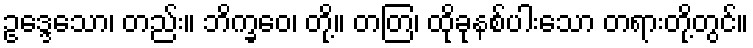
ဥဒ္ဒေသော၊ တည်း။ ဘိက္ခဝေ၊ တို့။ တတြ၊ ထိုခုနစ်ပါးသော တရားတို့တွင်။